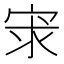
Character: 𡨃